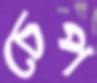
চেপ